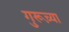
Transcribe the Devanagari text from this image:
गुरूच़्या